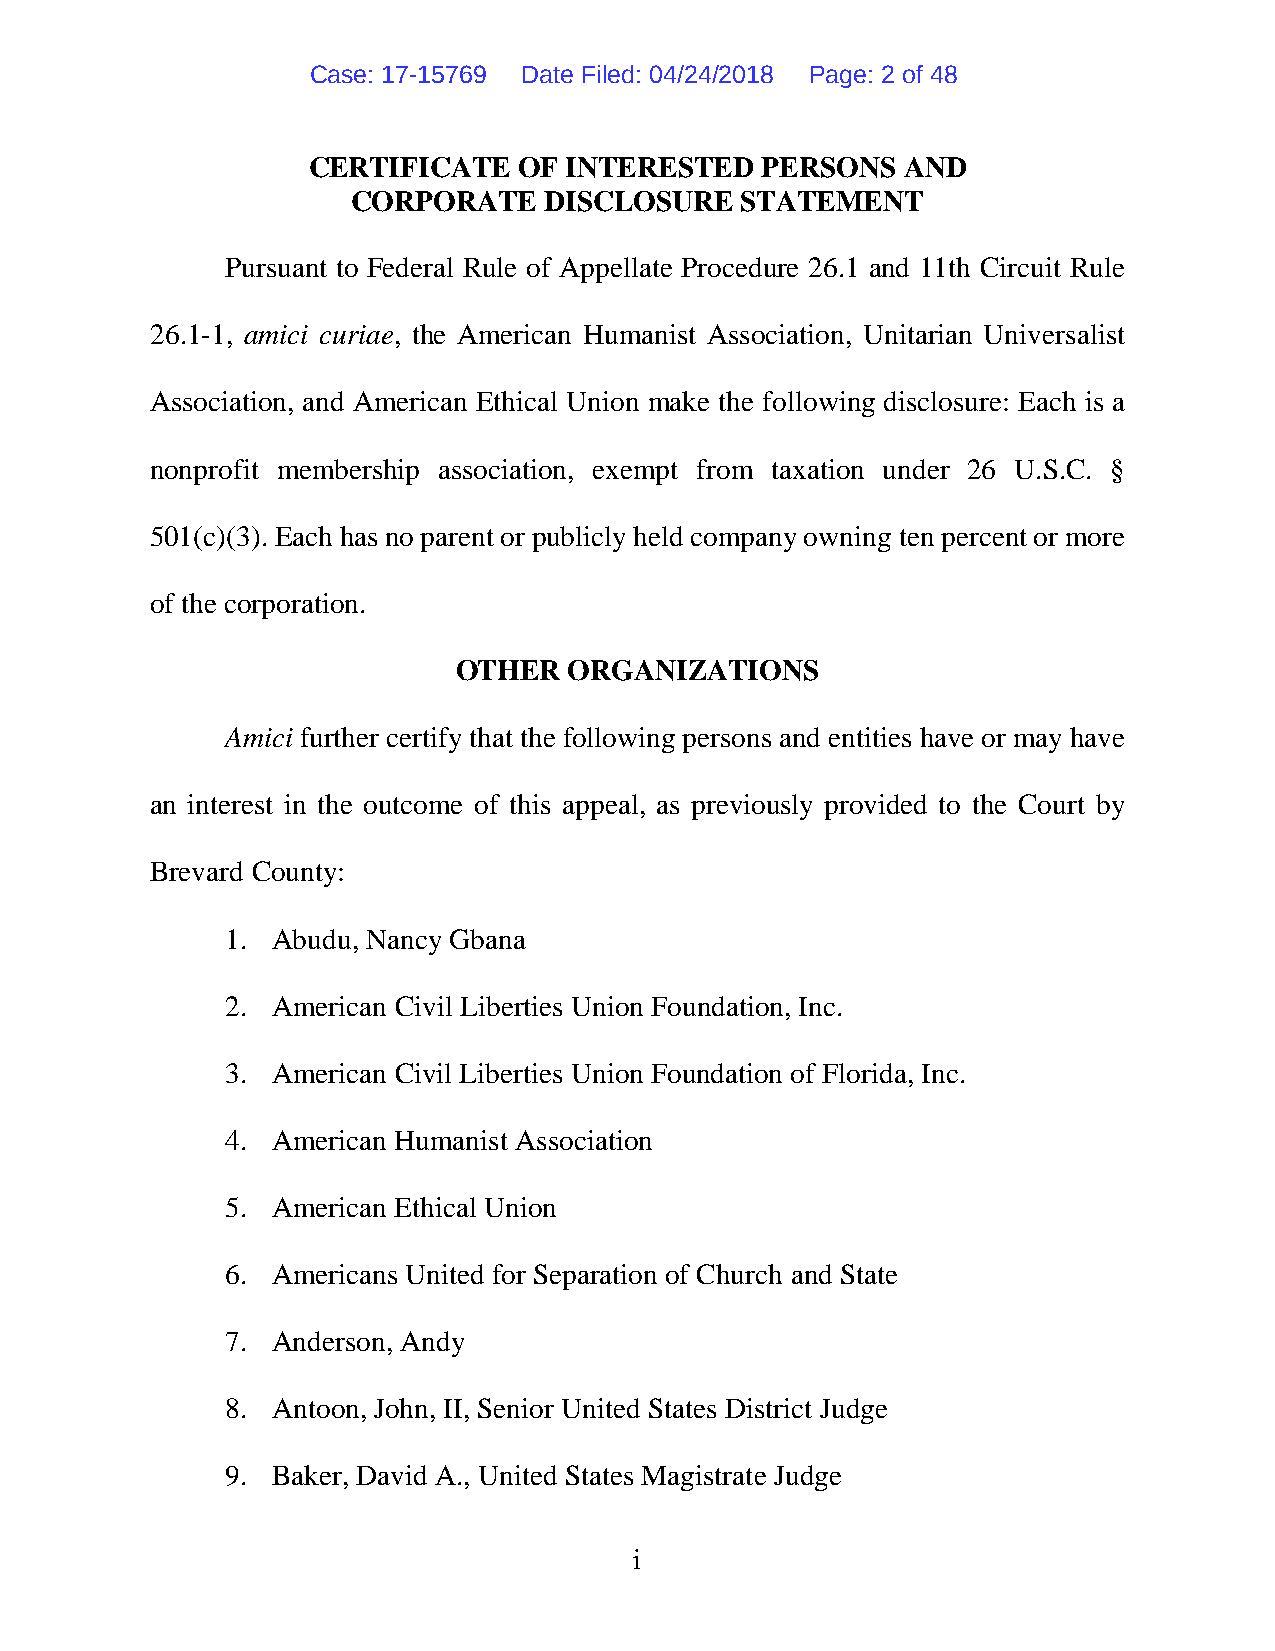
Case: 17-15769 Date Filed: 04/24/2018 Page: 2 of 48
 CERTIFICATE   OF INTERESTED   PERSONS   AND
 CORPORATE    DISCLOSURE   STATEMENT
 Pursuant to Federal Rule of Appellate Procedure 26.1 and 11th Circuit Rule
 26.1-1, amici curiae, the American Humanist Association, Unitarian Universalist
 Association, and American Ethical Union make the following disclosure: Each is a
 nonprofit membership association, exempt from taxation under 26 U.S.C. §
 501(c)(3). Each has no parent or publicly held company owning ten percent or more
 of the corporation.
 OTHER   ORGANIZATIONS
 Amici further certify that the following persons and entities have or may have
 an interest in the outcome of this appeal, as previously provided to the Court by
 Brevard County:
 1. Abudu, Nancy Gbana
 2. American Civil Liberties Union Foundation, Inc.
 3. American Civil Liberties Union Foundation of Florida, Inc.
 4. American Humanist Association
 5. American Ethical Union
 6. Americans United for Separation of Church and State
 7. Anderson, Andy
 8. Antoon, John, II, Senior United States District Judge
 9. Baker, David A., United States Magistrate Judge
 i